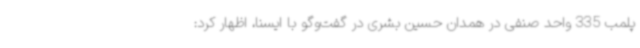
پلمب 335 واحد صنفی در همدان حسین بشری در گفت‌وگو با ایسنا، اظهار کرد: